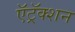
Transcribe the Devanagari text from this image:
ऍट्रॅक्शन